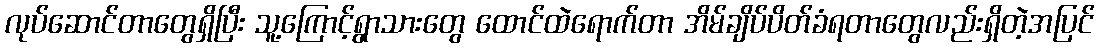
လုပ်ဆောင်တာတွေရှိပြီး သူ့ကြောင့်ရွာသားတွေ ထောင်ထဲရောက်တာ အိမ်ချိပ်ပိတ်ခံရတာတွေလည်းရှိတဲ့အပြင်